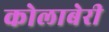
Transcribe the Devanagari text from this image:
कोलाबेरी